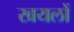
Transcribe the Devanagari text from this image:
खयलों